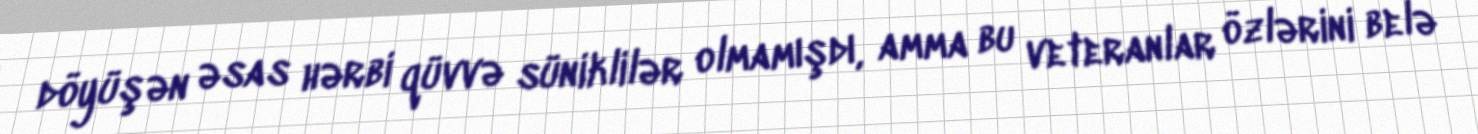
döyüşən əsas hərbi qüvvə süniklilər olmamışdı, amma bu veteranlar özlərini belə